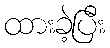
ထားခဲ့ပြီး